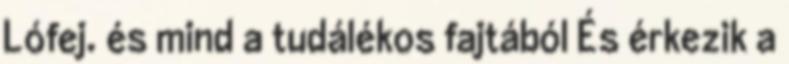
Lófej. és mind a tudálékos fajtából És érkezik a